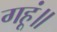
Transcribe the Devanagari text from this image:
गहूं॥